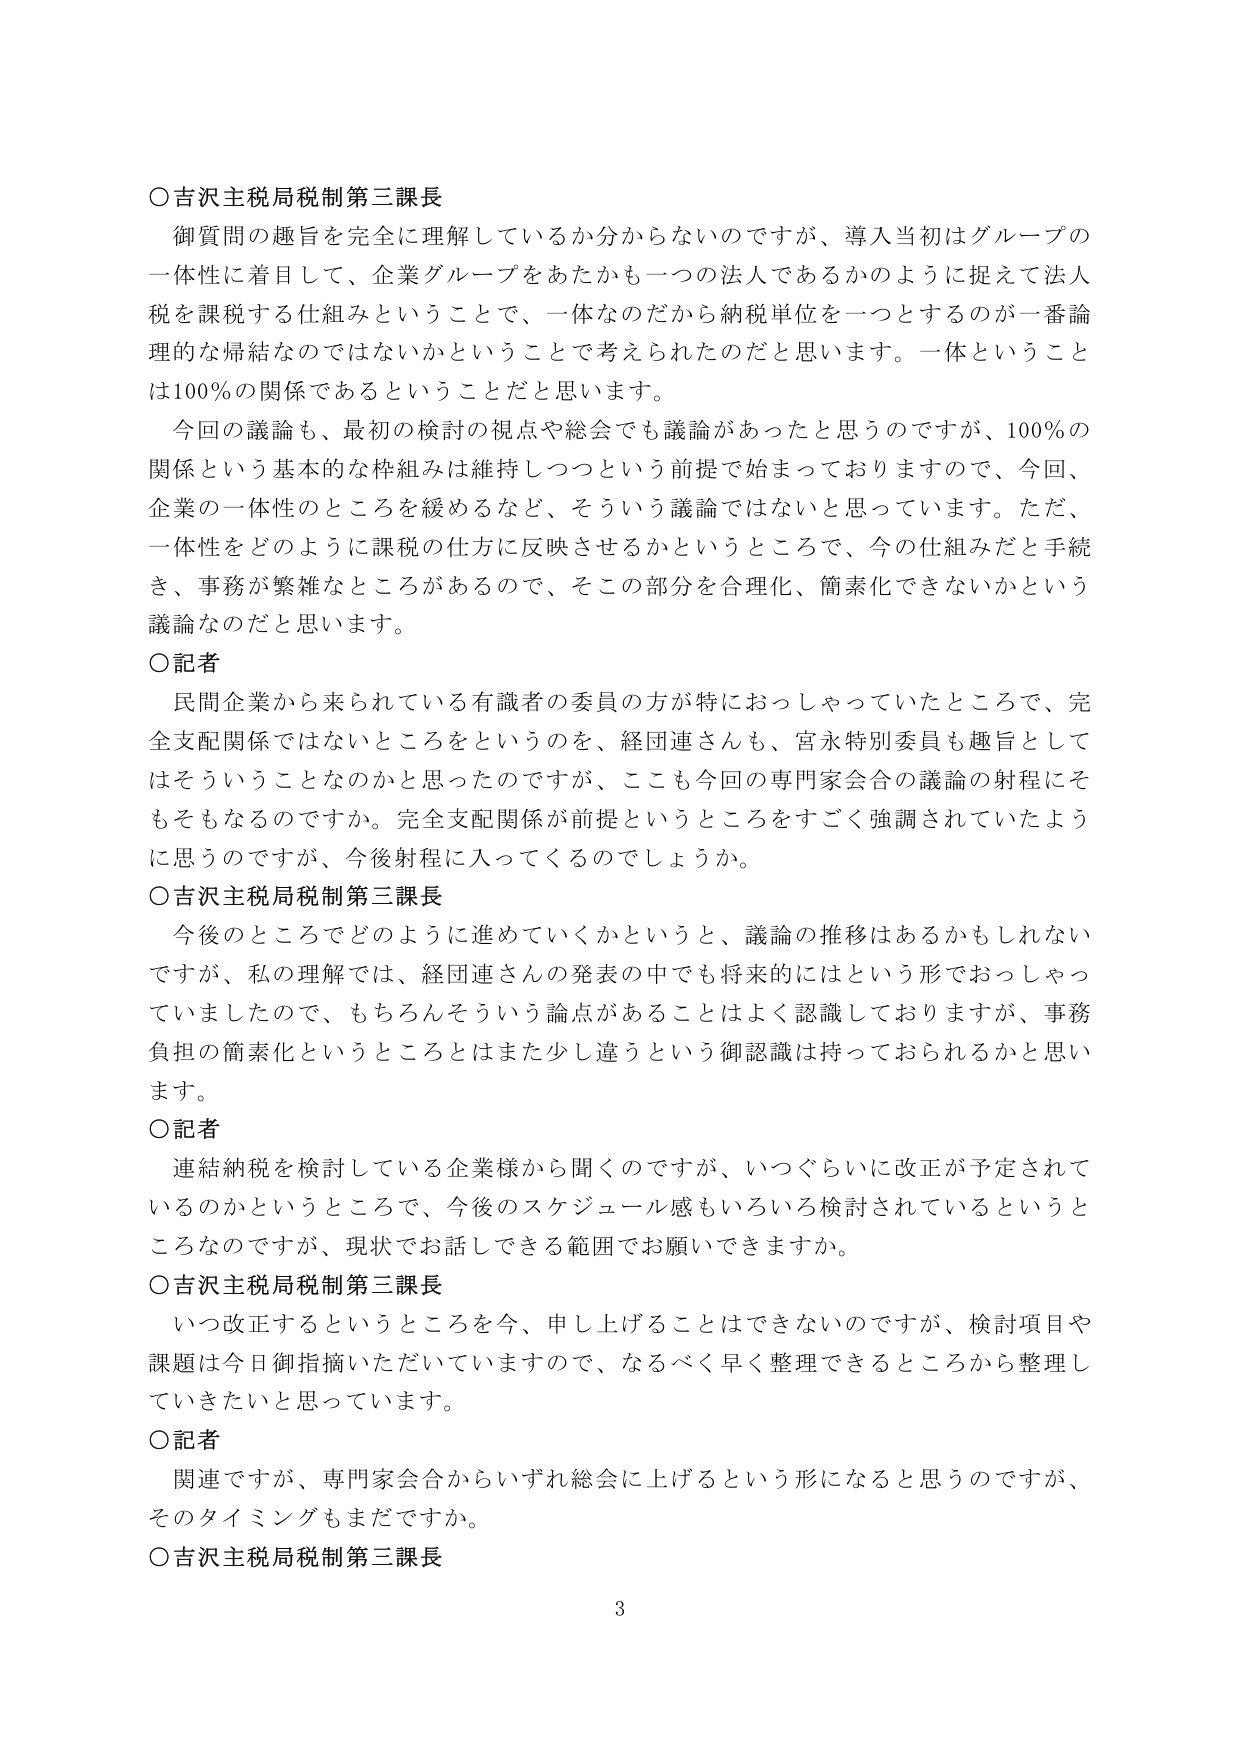
○吉沢主税局税制第三課長
御質問の趣旨を完全に理解しているか分からないのですが、導入当初はグループの一体性に着目して、企業グループをあたかも一つの法人であるかのように捉えて法人税を課税する仕組みということで、一体なのだから納税単位を一つとするのが一番論理的な帰結なのではないかということで考えられたのだと思います。一体ということは100％の関係であるということだと思います。
今回の議論も、最初の検討の視点や総会でも議論があったと思うのですが、100％の関係という基本的な枠組みは維持しつつという前提で始まっておりますので、今回、企業の一体性のところを緩めるなど、そういう議論ではないと思っています。ただ、一体性をどのように課税の仕方に反映させるかというところで、今の仕組みだと手続き、事務が繁雑なところがあるので、そこの部分を合理化、簡素化できないかという議論なのだと思います。

○記者
民間企業から来られている有識者の委員の方が特におっしゃっていたところで、完全支配関係ではないところをというのを、経団連さんも、宮永特別委員も趣旨としてはそういうことなのかと思ったのですが、ここも今回の専門家会合の議論の射程にそもそもなるのですか。完全支配関係が前提というところをすごく強調されていたように思うのですが、今後射程に入ってくるのでしょうか。

○吉沢主税局税制第三課長
今後どのところまでどのように進めていくかというと、議論の推移はあるかもしれませんが、私の理解では、経団連さんの発表の中でも将来的にはという形でおっしゃっていましたので、もちろんそういう論点があることはよく認識しておりますが、事務負担の簡素化というところとはまた少し違うという御認識は持っておられるかと思います。

○記者
連結納税を検討している企業様から聞くのですが、いつぐらいに改正が予定されているのかというところで、今後のスケジュール感もいろいろ検討されているというところなのですが、現状でお話してできる範囲でお願いできますか。

○吉沢主税局税制第三課長
いつ改正するというところを今、申し上げることはできないのですが、検討項目や課題は今日御指摘いただいていますので、なるべく早く整理できるところから整理していきたいと思っています。

○記者
関連ですが、専門家会合からいずれ総会に上げるという形になると思うのですが、そのタイミングもまだですか。

○吉沢主税局税制第三課長

3